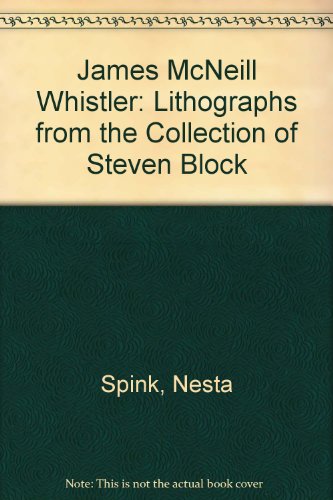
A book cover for Whistler, Lithographs: The Steven Block Collection; Nesta Spink; Arts & Photography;